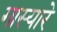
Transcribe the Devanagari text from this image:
गास्यारे